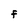
Character: f